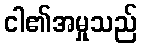
ငါ၏အမှုသည်